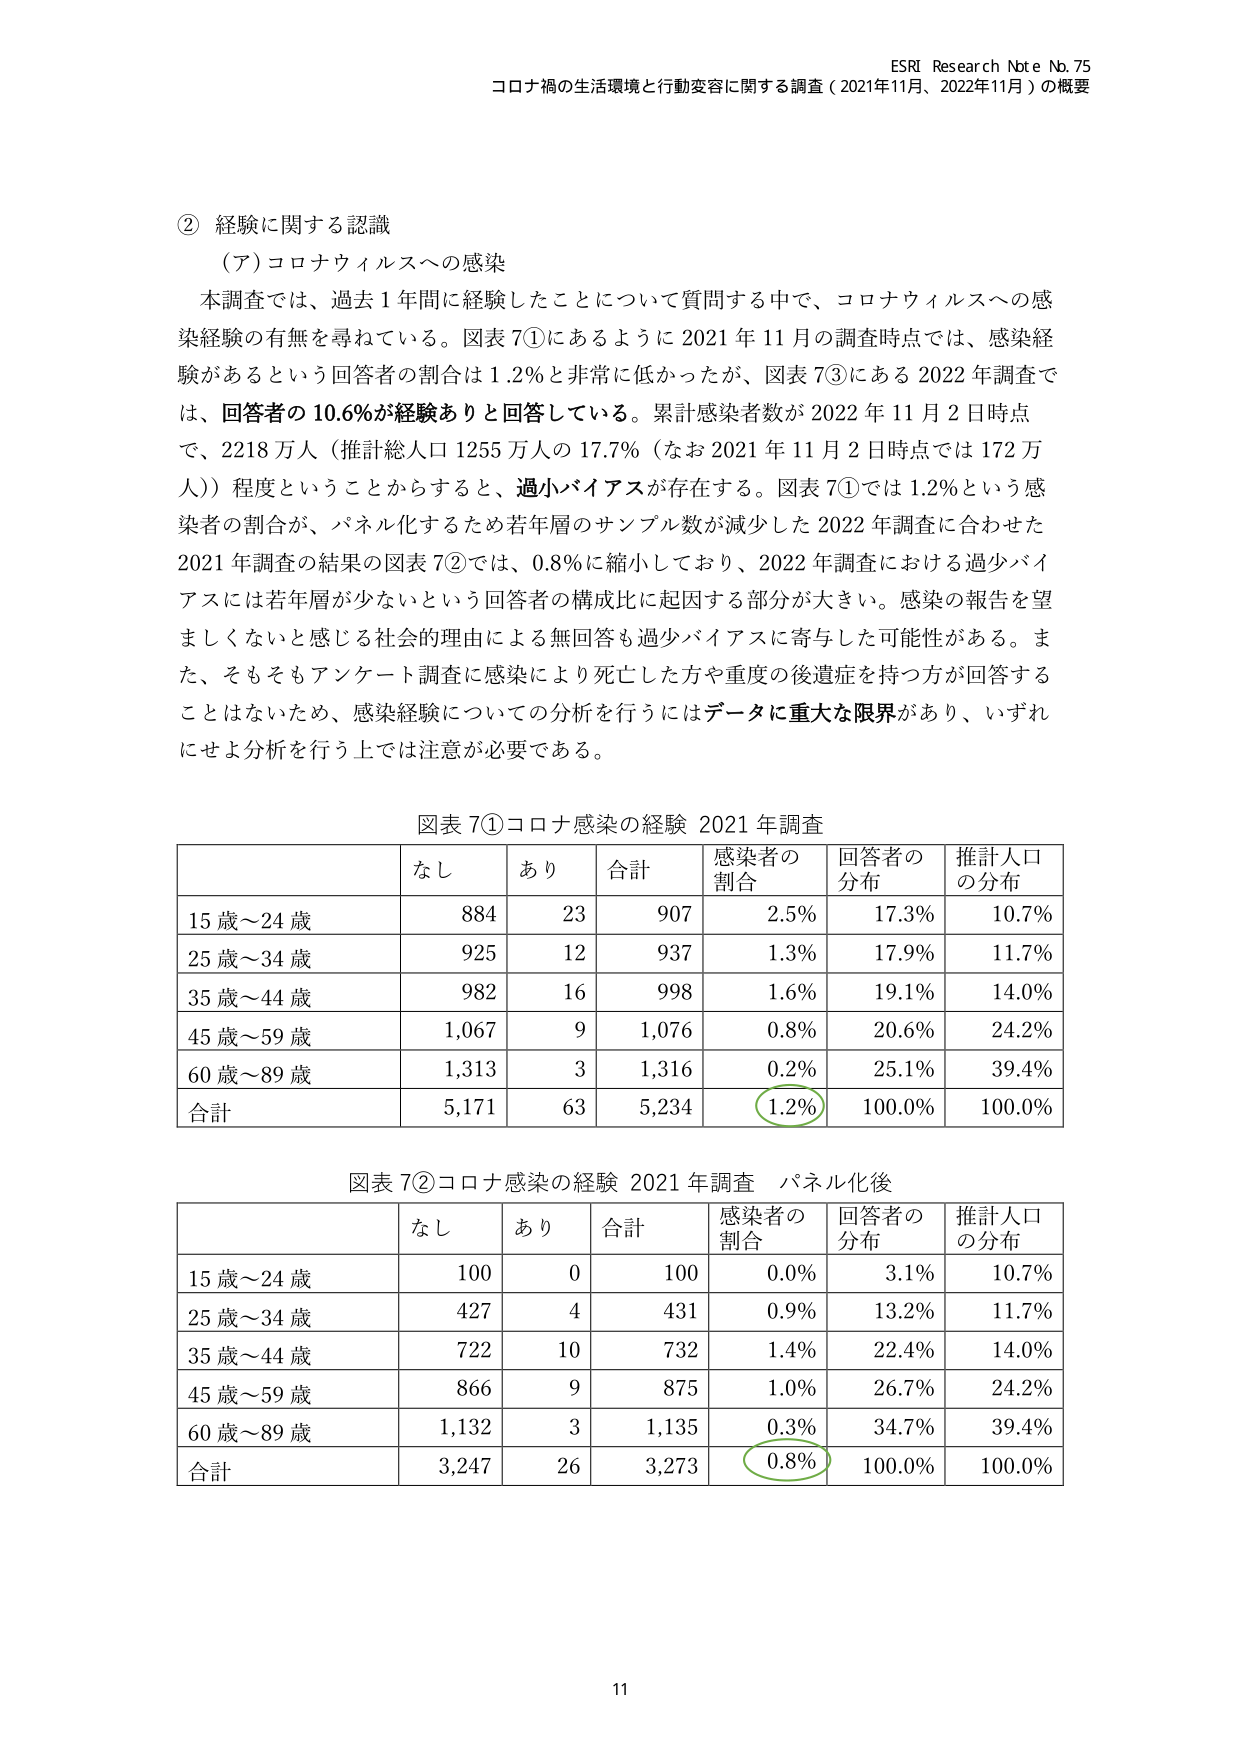
ESRI Research Note No. 75
コロナ禍の生活環境と行動変容に関する調査（2021年11月、2022年11月）の概要

② 経験に関する認識
（ア）コロナウィルスへの感染
本調査では、過去1年間に経験したことについて質問する中で、コロナウィルスへの感染経験の有無を尋ねている。図表7①にあるように2021年11月の調査時点では、感染経験があるという回答者の割合は1.2％と非常に低かったが、図表7③にある2022年調査では、回答者の10.6％が経験ありと回答している。累計感染者数が2022年11月2日時点で、2218万人（推計総人口1255万人の17.7％（なお2021年11月2日時点では172万人））程度ということからすると、過小バイアスが存在する。図表7①では1.2％という感染者の割合が、パネル化するため若年層のサンプル数が減少した2022年調査に合わせた2021年調査の結果の図表7②では、0.8％に縮小しており、2022年調査における過小バイアスには若年層が少ないという回答者の構成比に起因する部分が大きい。感染の報告を望ましくないと感じる社会的理由による無回答も過少バイアスに寄与した可能性がある。また、そもそもアンケート調査に感染により死亡した方や重度の後遺症を持つ方が回答することはないため、感染経験についての分析を行うにはデータに重大な限界があり、いずれにせよ分析を行う上では注意が必要である。

図表7①コロナ感染の経験 2021年調査
| | なし | あり | 合計 | 感染者の割合 | 回答者の分布 | 推計人口の分布 |
|---|---|---|---|---|---|---|
| 15歳～24歳 | 884 | 23 | 907 | 2.5％ | 17.3％ | 10.7％ |
| 25歳～34歳 | 925 | 12 | 937 | 1.3％ | 17.9％ | 11.7％ |
| 35歳～44歳 | 982 | 16 | 998 | 1.6％ | 19.1％ | 14.0％ |
| 45歳～59歳 | 1,067 | 9 | 1,076 | 0.8％ | 20.6％ | 24.2％ |
| 60歳～89歳 | 1,313 | 3 | 1,316 | 0.2％ | 25.1％ | 39.4％ |
| 合計 | 5,171 | 63 | 5,234 | 1.2％ | 100.0％ | 100.0％ |

図表7②コロナ感染の経験 2021年調査 パネル化後
| | なし | あり | 合計 | 感染者の割合 | 回答者の分布 | 推計人口の分布 |
|---|---|---|---|---|---|---|
| 15歳～24歳 | 100 | 0 | 100 | 0.0％ | 3.1％ | 10.7％ |
| 25歳～34歳 | 427 | 4 | 431 | 0.9％ | 13.2％ | 11.7％ |
| 35歳～44歳 | 722 | 10 | 732 | 1.4％ | 22.4％ | 14.0％ |
| 45歳～59歳 | 866 | 9 | 875 | 1.0％ | 26.7％ | 24.2％ |
| 60歳～89歳 | 1,132 | 3 | 1,135 | 0.3％ | 34.7％ | 39.4％ |
| 合計 | 3,247 | 26 | 3,273 | 0.8％ | 100.0％ | 100.0％ |

11